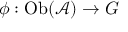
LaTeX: \phi : \mathrm { O b } ( { \mathcal { A } } ) \to G